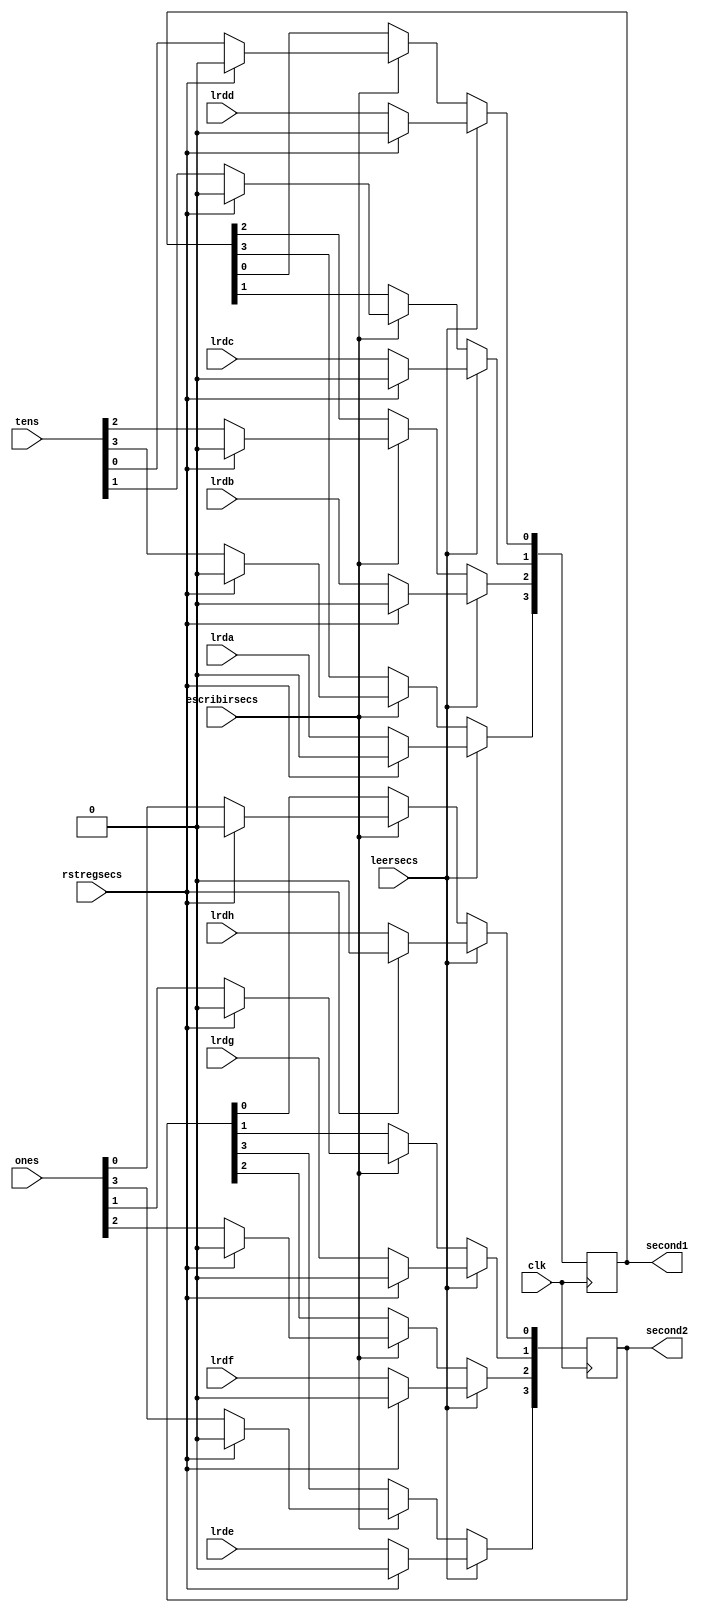
`timescale 1ns / 10ps

module regseconds(
		input wire rstregsecs,
		input wire clk,
		input wire leersecs, escribirsecs,
		input wire lrda, lrdb, lrdc, lrdd, lrde, lrdf, lrdg, lrdh,
		input wire [3:0] tens,
		input wire [3:0] ones,
		output reg [3:0] second1,
		output reg [3:0] second2
    );
	 
always @(posedge clk) begin
	if (leersecs) begin
		if (rstregsecs) begin
			second1 <= 0;
			second2 <= 0;
		end
		else begin
			second1[3] <= lrda;
			second1[2] <= lrdb;
			second1[1] <= lrdc;
			second1[0] <= lrdd;
			second2[3] <= lrde;
			second2[2] <= lrdf;
			second2[1] <= lrdg;
			second2[0] <= lrdh;
		end
	end
	else if (escribirsecs) begin
		if (rstregsecs) begin
			second1 <= 0;
			second2 <= 0;
		end
		else begin
			second1 <= tens;
			second2 <= ones;
		end
	end
end

endmodule